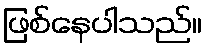
ဖြစ်နေပါသည်။